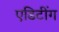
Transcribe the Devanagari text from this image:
एडिटींग